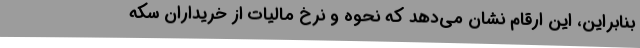
بنابراین، این ارقام نشان می‌دهد که نحوه و نرخ مالیات از خریداران سکه